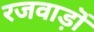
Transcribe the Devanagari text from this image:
रजवाड़ॊं